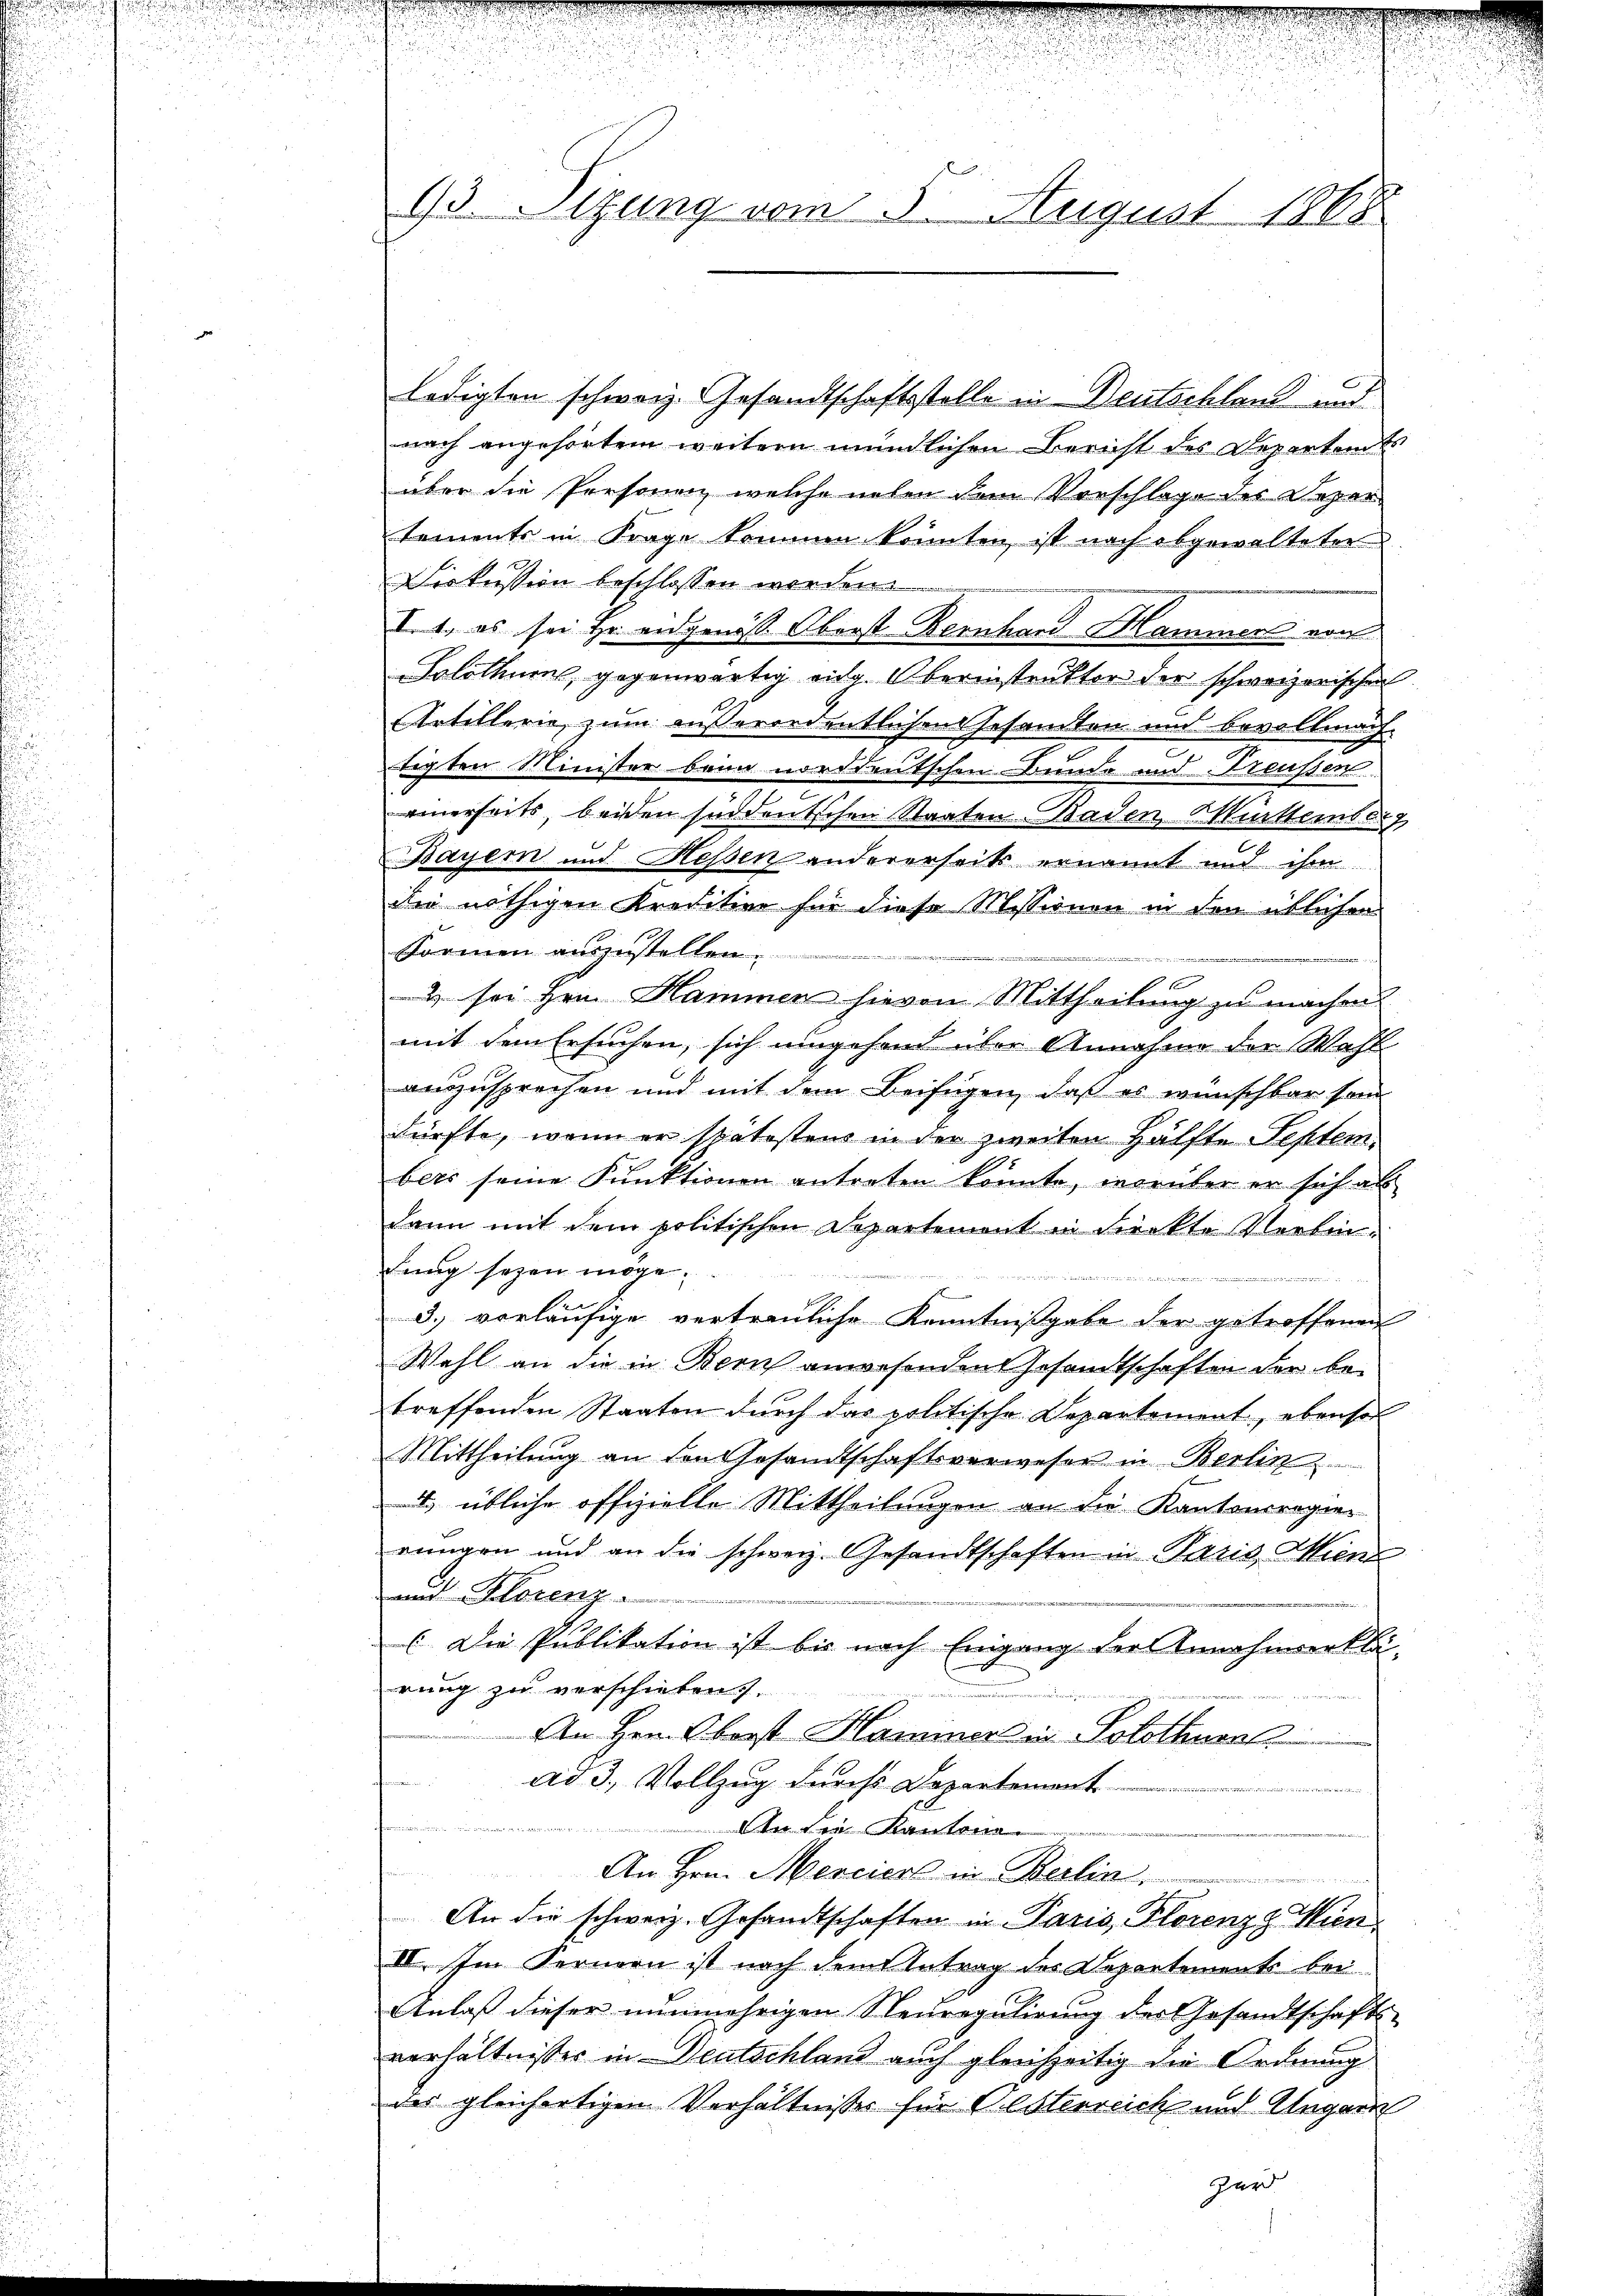
e
u

r
93. Sizung vom 5. August 1868

ledigten schweiz. Gesandtschaftsstelle in Deutschland und
nach angehörtem weitern mündlichen Bericht des Departem
über die Personen, welche neben dem Vorschlage des Deper
tements in Frage kommen könnten ist nach abgewalteten
Diekussion beschlossen werden.
I. 1. es sei Hr. eidgenöß Oberst Bernhard Mammer von
Solothurns, gegenwärtig eidg. Oberinstrukter der schweizerischen
Artillerie zum außerordentlichen Gesamten und bevollmach
2
tigten Minister beim norddeutschen Bunde und Treußen
einerseits, beiden süddeutschen Staaten Baden Mutternde
Bayern und Hessen andererseits ernannt und ihm
i nöthigen Kreditier für diese Missionen in den üblichen
Formen auszustellen.
2 sei Hrn. Hammen hievon Mittheilung zu machen
mit dem Ersuchen, sich umgehend über Annahme der Wahl
auszusprechen und mit dem Beifügen, daß es wünschbar sein
nürfte, wenn er spätestens in der zweiten Hälfte Septembits seine Funktionen antreten könnte, worüber er sich al
dann mit dem politischen Departement in dieckte Verbindung sogen möge,
u
meierden
3.) vorläufige vertrauliche Kenntnißgabe der getroffenen
Wahl an die in Bern anwesenden Gesandtschaften der betreffenden Staaten durch das politische Departement, ebensol
Mittheilung an den Gesandtschaftsverwesen in Berlin
1) übliche offizielle Mittheilungen an die Kantonsregier
rungen und an die schweiz. Gesandtschaften in Paris Miene
und Florenz
(Die Publikation ist bis nach Eingang der Annahmeerklä-
rung zu verschieben.
An Hrn. Oberst Haminer in Solothurn
s
ad 3., Vollzug durchs Departement

In die Kanton
An Hrn. Merciers in Berlin.
An die schweiz. Gesandtschaften in Paris, Plorenzg Wien
IV. Im Fernen ist nach dem Antrag des Departemente bei
Anlaß dieser nunmehrigen Neuregulirung des Gesandtschafts-
verhältnisser in Deutschland auch gleichzeitig die Ordnung
der gleichartigen Verhältnisses für Oesterreich und Ungarn
Zurd